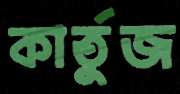
কার্তুজ